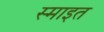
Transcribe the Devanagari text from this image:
स्माइत